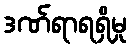
ဒဏ်ရာရရှိမှု